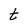
Character: t